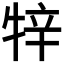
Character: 𤙡